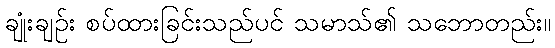
ချုံးချဉ်း စပ်ထားခြင်းသည်ပင် သမာသ်၏ သဘောတည်း။